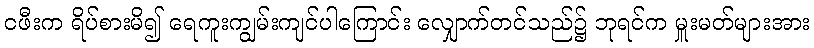
ငဖီးက ရိပ်စားမိ၍ ရေကူးကျွမ်းကျင်ပါကြောင်း လျှောက်တင်သည်၌ ဘုရင်က မှူးမတ်များအား